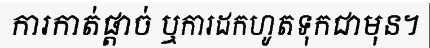
ការកាត់ផ្តាច់ ឬការដកហូតទុកជាមុន។